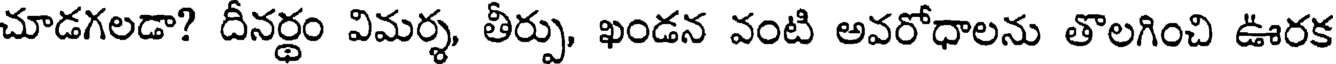
చూడగలడా? దీనర్థం విమర్శ, తీర్పు, ఖండన వంటి అవరోధాలను తొలగించి ఊరక